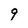
Character: 9